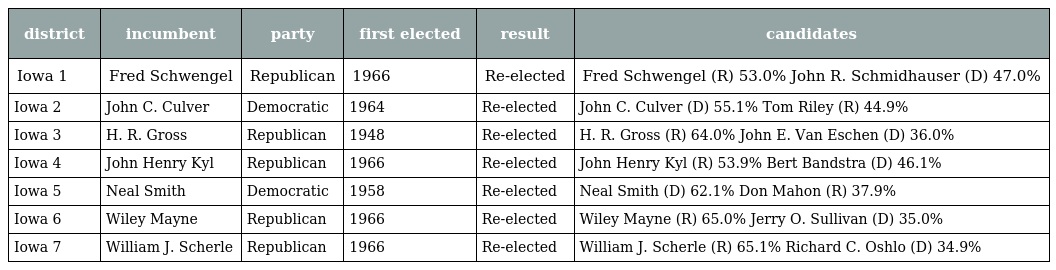
| district | incumbent | party | first elected | result | candidates |
 | --- | --- | --- | --- | --- | --- |
 | Iowa 1 | Fred Schwengel | Republican | 1966 | Re-elected | Fred Schwengel (R) 53.0% John R. Schmidhauser (D) 47.0% |
 | Iowa 2 | John C. Culver | Democratic | 1964 | Re-elected | John C. Culver (D) 55.1% Tom Riley (R) 44.9% |
 | Iowa 3 | H. R. Gross | Republican | 1948 | Re-elected | H. R. Gross (R) 64.0% John E. Van Eschen (D) 36.0% |
 | Iowa 4 | John Henry Kyl | Republican | 1966 | Re-elected | John Henry Kyl (R) 53.9% Bert Bandstra (D) 46.1% |
 | Iowa 5 | Neal Smith | Democratic | 1958 | Re-elected | Neal Smith (D) 62.1% Don Mahon (R) 37.9% |
 | Iowa 6 | Wiley Mayne | Republican | 1966 | Re-elected | Wiley Mayne (R) 65.0% Jerry O. Sullivan (D) 35.0% |
 | Iowa 7 | William J. Scherle | Republican | 1966 | Re-elected | William J. Scherle (R) 65.1% Richard C. Oshlo (D) 34.9% |